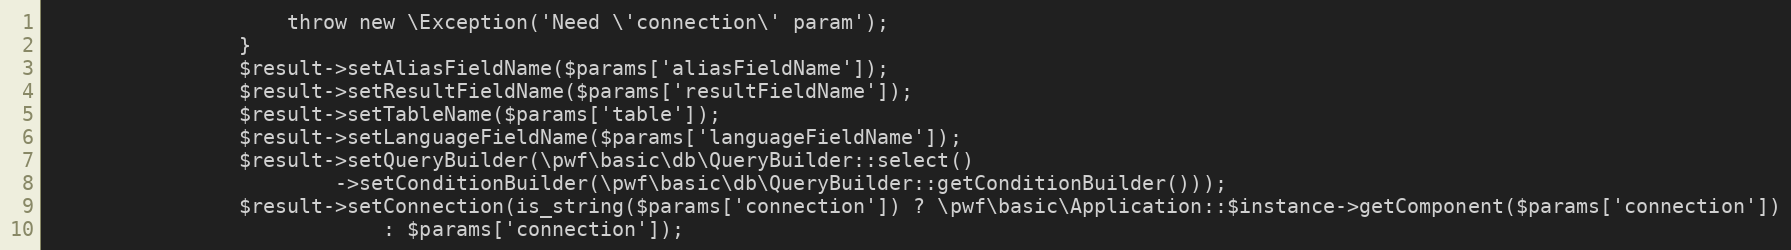
Language: PHP
                    throw new \Exception('Need \'connection\' param');
                }
                $result->setAliasFieldName($params['aliasFieldName']);
                $result->setResultFieldName($params['resultFieldName']);
                $result->setTableName($params['table']);
                $result->setLanguageFieldName($params['languageFieldName']);
                $result->setQueryBuilder(\pwf\basic\db\QueryBuilder::select()
                        ->setConditionBuilder(\pwf\basic\db\QueryBuilder::getConditionBuilder()));
                $result->setConnection(is_string($params['connection']) ? \pwf\basic\Application::$instance->getComponent($params['connection'])
                            : $params['connection']);